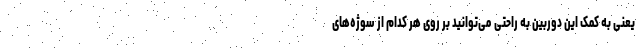
یعنی به کمک این دوربین به راحتی می‌توانید بر روی هر کدام از سوژه‌های